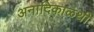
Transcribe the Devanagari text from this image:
अनादिकाळथी